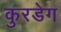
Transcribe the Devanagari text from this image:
कुरडेग